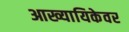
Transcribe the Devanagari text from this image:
आख्यायिकेवर